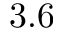
3 . 6